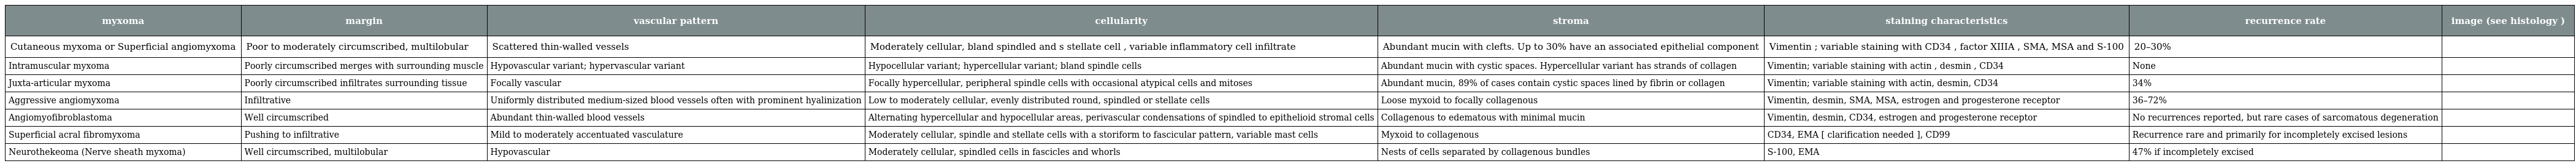
| myxoma | margin | vascular pattern | cellularity | stroma | staining characteristics | recurrence rate | image (see histology ) |
 | --- | --- | --- | --- | --- | --- | --- | --- |
 | Cutaneous myxoma or Superficial angiomyxoma | Poor to moderately circumscribed, multilobular | Scattered thin-walled vessels | Moderately cellular, bland spindled and s stellate cell , variable inflammatory cell infiltrate | Abundant mucin with clefts. Up to 30% have an associated epithelial component | Vimentin ; variable staining with CD34 , factor XIIIA , SMA, MSA and S-100 | 20–30% |  |
 | Intramuscular myxoma | Poorly circumscribed merges with surrounding muscle | Hypovascular variant; hypervascular variant | Hypocellular variant; hypercellular variant; bland spindle cells | Abundant mucin with cystic spaces. Hypercellular variant has strands of collagen | Vimentin; variable staining with actin , desmin , CD34 | None |  |
 | Juxta-articular myxoma | Poorly circumscribed infiltrates surrounding tissue | Focally vascular | Focally hypercellular, peripheral spindle cells with occasional atypical cells and mitoses | Abundant mucin, 89% of cases contain cystic spaces lined by fibrin or collagen | Vimentin; variable staining with actin, desmin, CD34 | 34% |  |
 | Aggressive angiomyxoma | Infiltrative | Uniformly distributed medium-sized blood vessels often with prominent hyalinization | Low to moderately cellular, evenly distributed round, spindled or stellate cells | Loose myxoid to focally collagenous | Vimentin, desmin, SMA, MSA, estrogen and progesterone receptor | 36–72% |  |
 | Angiomyofibroblastoma | Well circumscribed | Abundant thin-walled blood vessels | Alternating hypercellular and hypocellular areas, perivascular condensations of spindled to epithelioid stromal cells | Collagenous to edematous with minimal mucin | Vimentin, desmin, CD34, estrogen and progesterone receptor | No recurrences reported, but rare cases of sarcomatous degeneration |  |
 | Superficial acral fibromyxoma | Pushing to infiltrative | Mild to moderately accentuated vasculature | Moderately cellular, spindle and stellate cells with a storiform to fascicular pattern, variable mast cells | Myxoid to collagenous | CD34, EMA [ clarification needed ], CD99 | Recurrence rare and primarily for incompletely excised lesions |  |
 | Neurothekeoma (Nerve sheath myxoma) | Well circumscribed, multilobular | Hypovascular | Moderately cellular, spindled cells in fascicles and whorls | Nests of cells separated by collagenous bundles | S-100, EMA | 47% if incompletely excised |  |